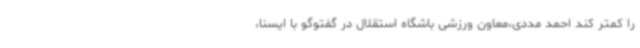
را کمتر کند احمد مددی،معاون ورزشی باشگاه استقلال در گفتوگو با ایسنا،